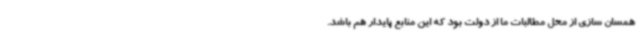
همسان سازی از محل مطالبات ما از دولت بود که این منابع پایدار هم باشد.